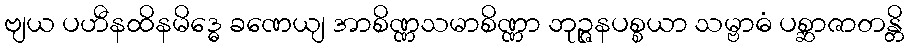
ဗျယ ပဟီနထိနမိဒ္ဓေ ခဏေယျ အာစိဏ္ဏသမာစိဏ္ဏာ ဘုဉ္ဇနပစ္စယာ သမ္ဗာဓံ ပစ္ဆာဇာတန္တိ